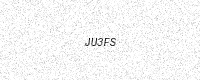
Text: JU3FS